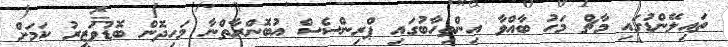
ތައިލޭންޑުގައި މާޗް މަހު ބާއްވާ އިންތިހާބުގައި ޕްރިންސެސް އުބޮންރާތްނާ މަހިދޮން ބޮޑުވަޒީރު ކަމަށް